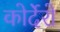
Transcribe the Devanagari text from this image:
कोर्देरो